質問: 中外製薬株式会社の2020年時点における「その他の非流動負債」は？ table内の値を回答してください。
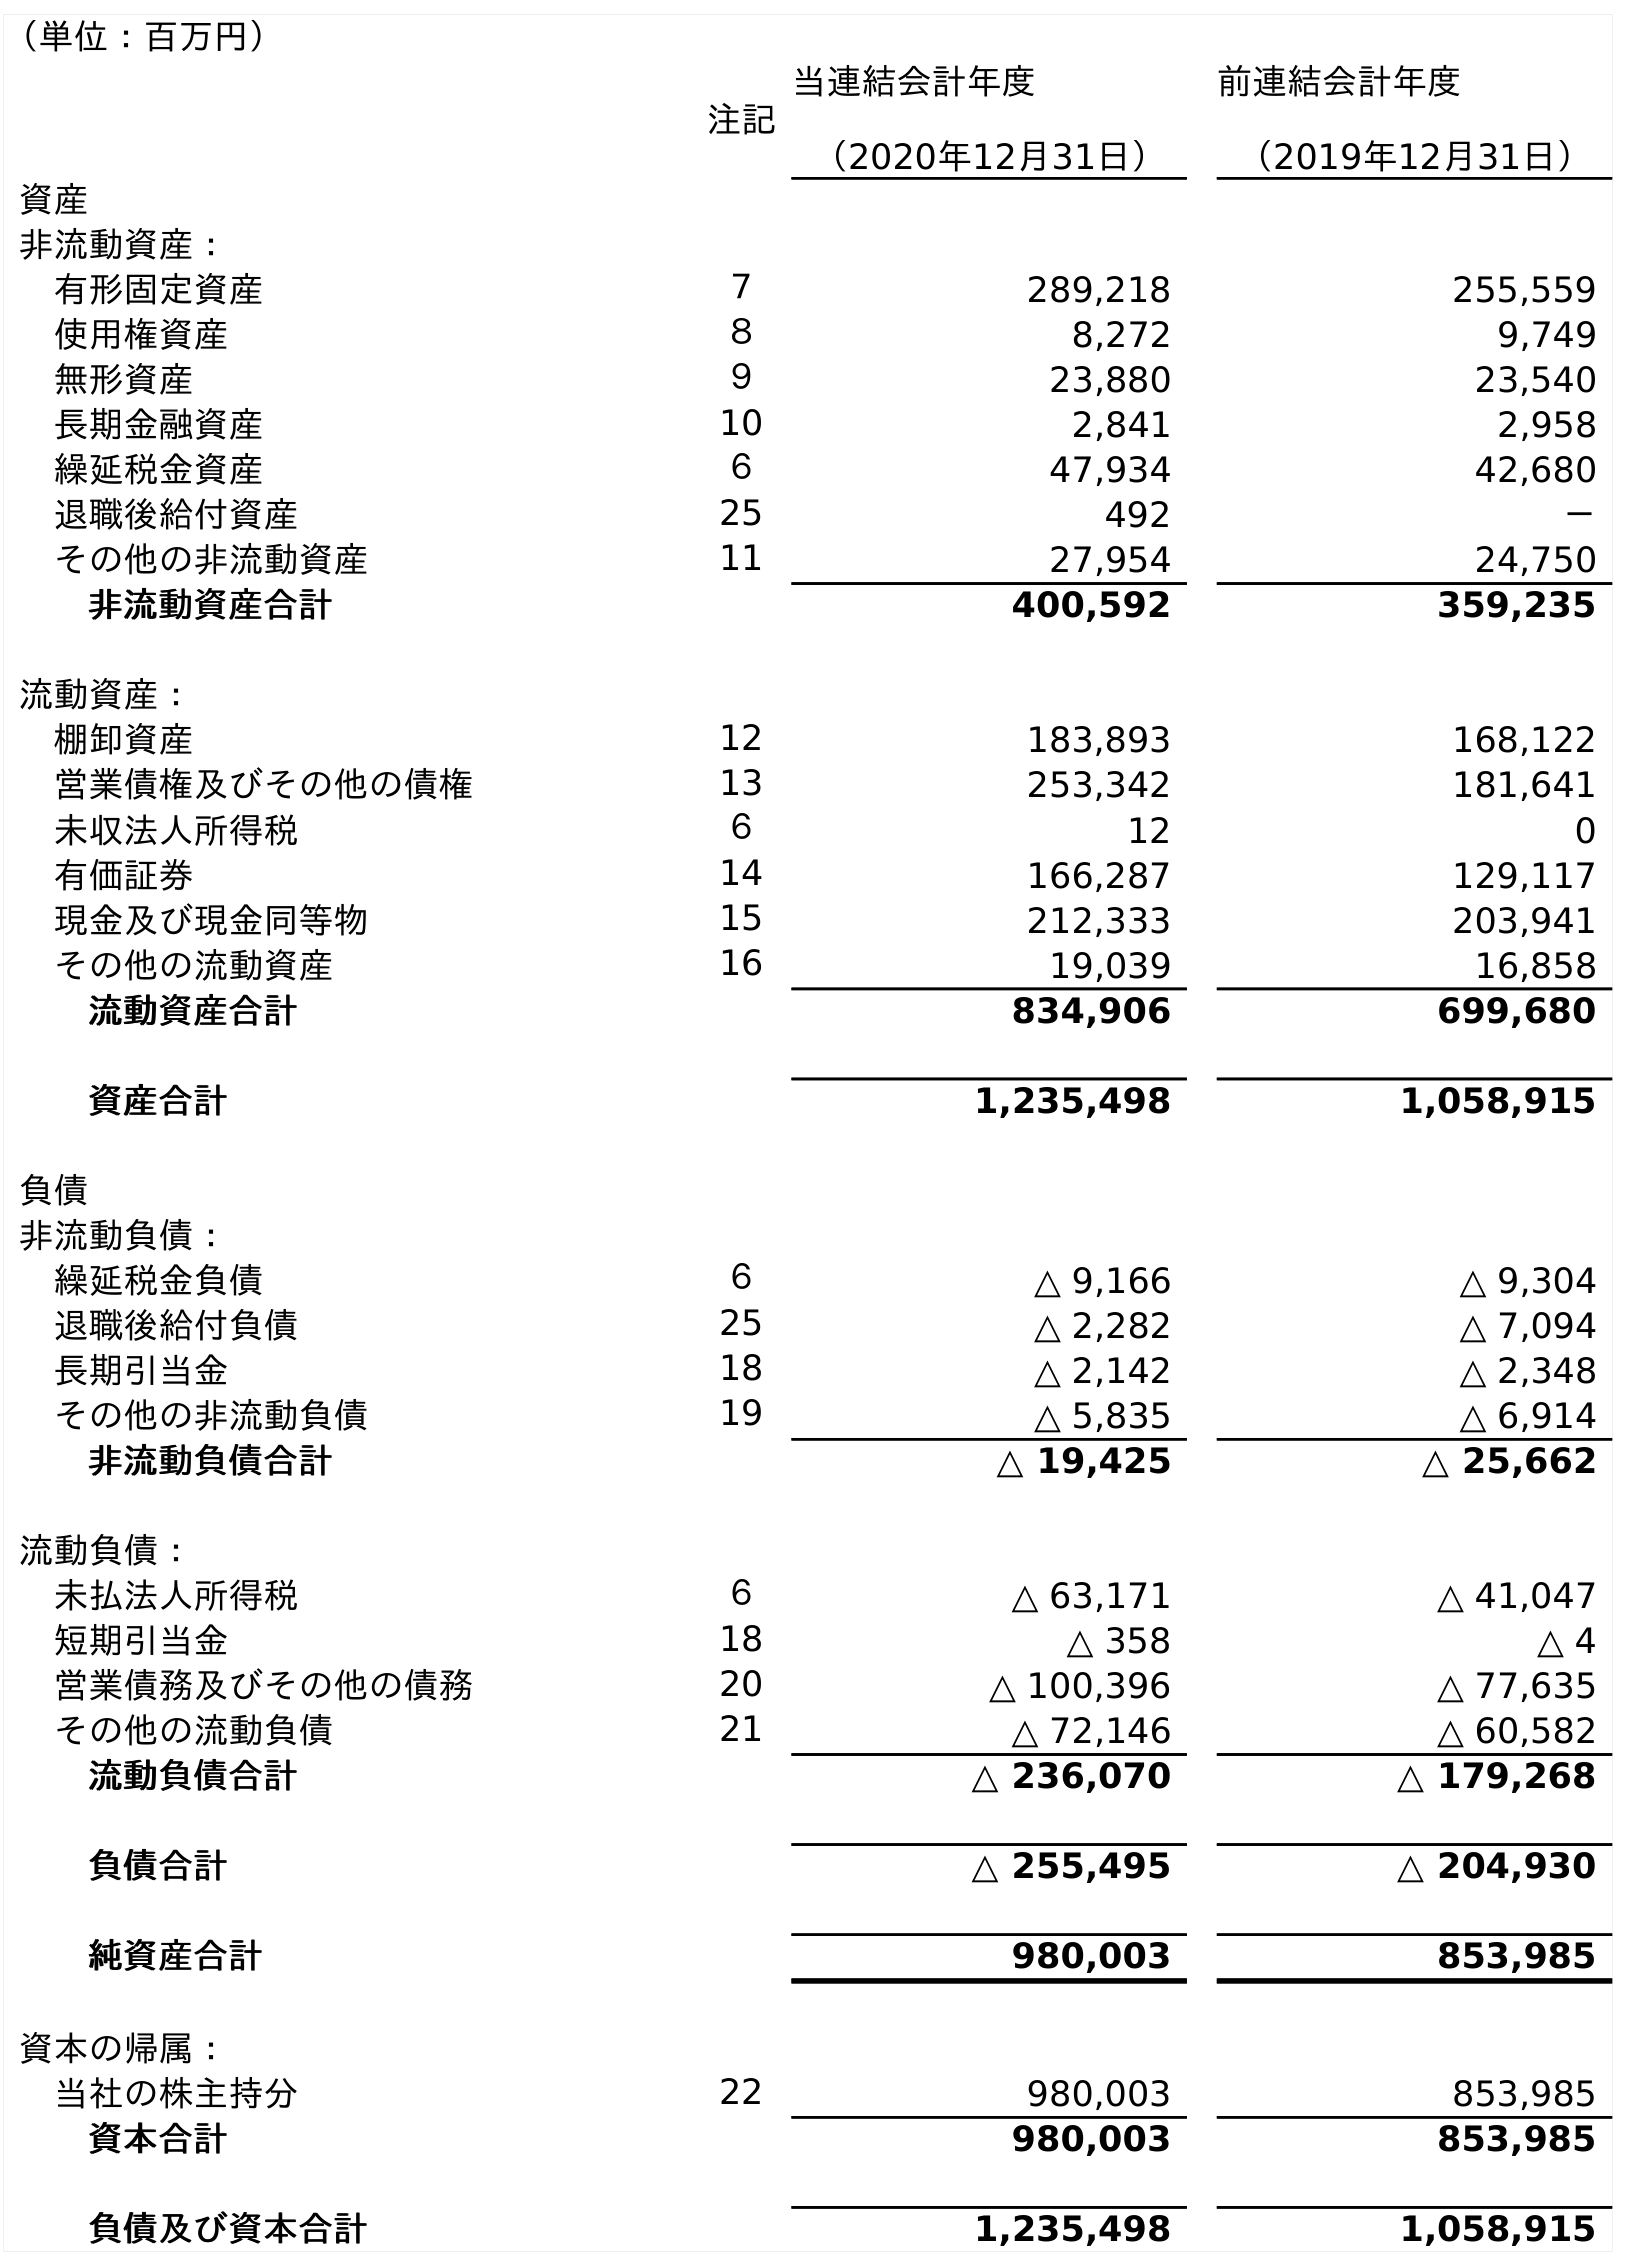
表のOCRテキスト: （単位：百万円） 注記 当連結会計年度 （2020年12月31日） 前連結会計年度 （2019年12月31日） 資産 非流動資産： 有形固定資産 ７ 289,218 255,559 使用権資産 ８ 8,272 9,749 無形資産 ９ 23,880 23,540 長期金融資産 10 2,841 2,958 繰延税金資産 ６ 47,934 42,680 退職後給付資産 25 492 － その他の非流動資産 11 27,954 24,750 非流動資産合計 400,592 359,235 流動資産： 棚卸資産 12 183,893 168,122 営業債権及びその他の債権 13 253,342 181,641 未収法人所得税 ６ 12 0 有価証券 14 166,287 129,117 現金及び現金同等物 15 212,333 203,941 その他の流動資産 16 19,039 16,858 流動資産合計 834,906 699,680 資産合計 1,235,498 1,058,915 負債 非流動負債： 繰延税金負債 ６ △ 9,166 △ 9,304 退職後給付負債 25 △ 2,282 △ 7,094 長期引当金 18 △ 2,142 △ 2,348 その他の非流動負債 19 △ 5,835 △ 6,914 非流動負債合計 △ 19,425 △ 25,662 流動負債： 未払法人所得税 ６ △ 63,171 △ 41,047 短期引当金 18 △ 358 △ 4 営業債務及びその他の債務 20 △ 100,396 △ 77,635 その他の流動負債 21 △ 72,146 △ 60,582 流動負債合計 △ 236,070 △ 179,268 負債合計 △ 255,495 △ 204,930 純資産合計 980,003 853,985 資本の帰属： 当社の株主持分 22 980,003 853,985 資本合計 980,003 853,985 負債及び資本合計 1,235,498 1,058,915
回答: △5,835